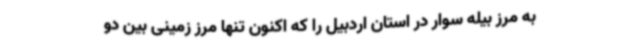
به مرز بیله سوار در استان اردبیل را که اکنون تنها مرز زمینی بین دو